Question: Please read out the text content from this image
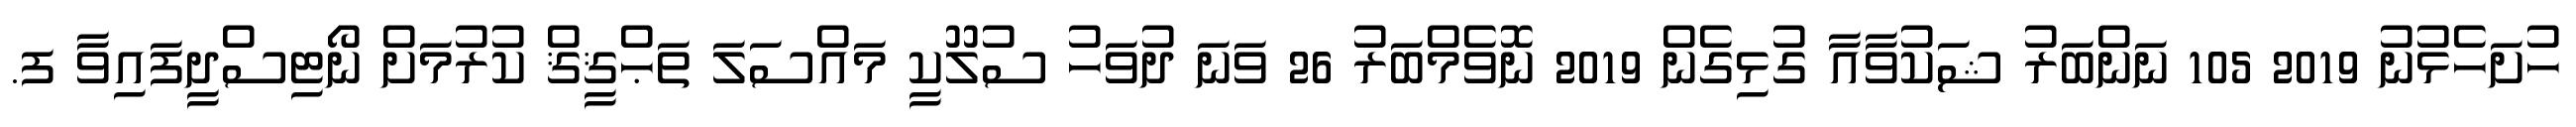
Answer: ހުށަހެޅުނު 2019 105 ނަންބަރު ޝަކުވާއާ ގުޅިގެން 2019 ނޮވެމްބަރު 26 ވަނަ ދުވަހު ސުލޫކީ މައްސަލަ ތަޙްޤީޤް ކުރުމަށް ނޯޓިސްދީފައިވާ ފ.